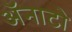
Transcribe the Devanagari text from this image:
ॲनाटो